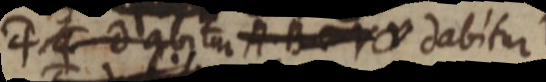
4 dabitu re dabitur